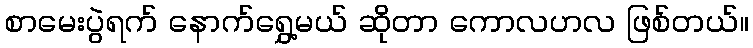
စာမေးပွဲရက် နောက်ရွှေ့မယ် ဆိုတာ ကောလဟလ ဖြစ်တယ်။